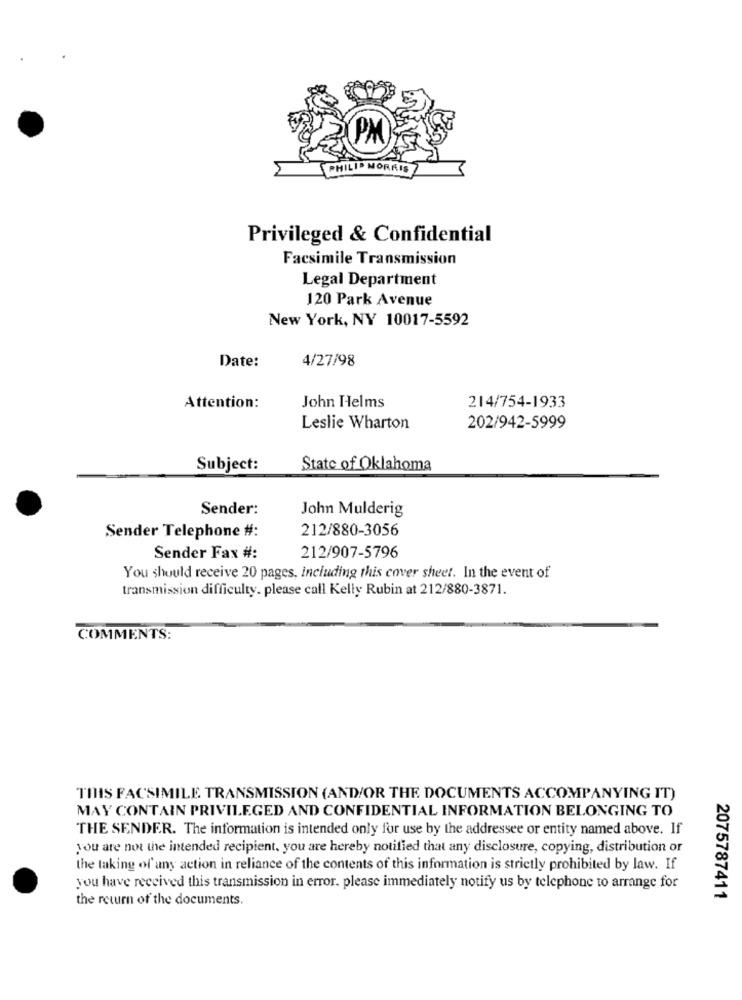
PM
ORAIS
Privileged & Confidential
Facsimile Transmission
Legal Department
120 Park Avenue
New York, NY 10017-5592
Date:
4/27/98
Attention:
John Helms
214/754-1933
Leslie Wharton
202/942-5999
Subject:
State of Oklahoma
Sender:
John Mulderig
212/880-3056
Sender Telephone #:
Sender Fax #:
212/907-5796
You should receive 20 pages, including this cover sheet. In the event of
transmission difficulty. please call Kelly Rubin at 212/880-3871.
COMMENTS:
THIS FACSIMILE TRANSMISSION (AND/OR THE DOCUMENTS ACCOMPANYING IT)
MAY CONTAIN PRIVILEGED AND CONFIDENTIAL INFORMATION BELONGING TO
THE SENDER. The information is intended only for use by the addressee or entity named above. If
you are not the intended recipient, you are hereby notified that any disclosure, copying, distribution or
the taking of any action in reliance of the contents of this information is strictly prohibited by law. If
you have received this transmission in error, please immediately notify us by telephone to arrange for
the return of the documents.
2075787411